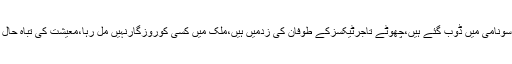
بیوروکریسی کومشکلات کاسامناہے،عوام مہنگائی کی سونامی میں ڈوب گئے ہیں،چھوٹے تاجرٹیکسزکے طوفان کی زدمیں ہیں،ملک میں کسی کوروزگارنہیں مل رہا،معیشت کی تباہ حال صورتحال میں ہم میگاپروجیکٹس کاافتتاح کررہے ہیں۔